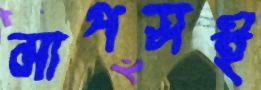
মাপসই